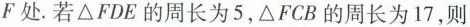
F处。若\triangle FDE的周长为5，\triangle FCB的周长为17，则